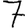
Digit: 7